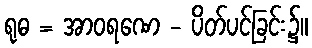
ရုဓ = အာဝရဏေ - ပိတ်ပင်ခြင်း၌။